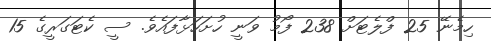
ހިމެނޭ 25 ފްލެޓަށް 238 ފޯމު ވަނީ ހުށަހަޅާފައެވެ. ސީ ކެޓަގަރީގެ 15